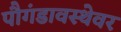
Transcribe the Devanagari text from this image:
पौगंडावस्थेवर